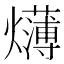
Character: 𱬫